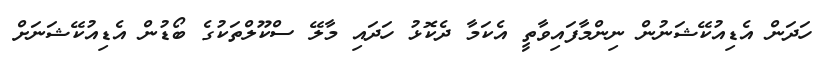
ހަދަން އެޑިއުކޭޝަނުން ނިންމާފައިވާތީ އެކަމާ ދެކޮޅު ހަދައި މާލޭ ސްކޫލްތަކުގެ ބޯޑުން އެޑިއުކޭޝަނަށް